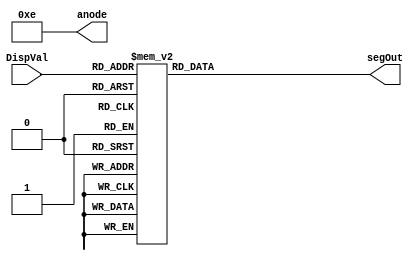
`timescale 1ns / 1ps
//////////////////////////////////////////////////////////////////////////////////////////////////////////
// Company: Digilent Inc 2011
//				 Josh Sackos
//
// Module Name:    DisplayController
// Project Name:   PmodKYPD_Demo
// Target Devices: Nexys3
// Tool versions:  Xilinx ISE 14.1 
// Description: This file defines a DisplayController that controls the seven segment display that works with 
// 				 the output of the Decoder.
//
// Revision History: 
// 						Revision 0.01 - File Created (Michelle Yu)
//							Revision 0.02 - Converted from VHDL to Verilog (Josh Sackos)
//////////////////////////////////////////////////////////////////////////////////////////////////////////

// ==============================================================================================
// 												Define Module
// ==============================================================================================
module DisplayController(
    DispVal,
    anode,
    segOut
    );

// ==============================================================================================
// 											Port Declarations
// ==============================================================================================

    input [3:0] DispVal;			// Output from the Decoder
    output [3:0] anode;				// Controls the display digits
    output [6:0] segOut;			// Controls which digit to display

// ==============================================================================================
// 							  		Parameters, Regsiters, and Wires
// ==============================================================================================
	
	// Output wires and registers
	wire [3:0] anode;
	reg [6:0] segOut;

// ==============================================================================================
// 												Implementation
// ==============================================================================================
	
	// only display the rightmost digit
	assign anode = 4'b1110;
	
	//------------------------------
	//		   Segment Decoder
	// Determines cathode pattern
	//   to display digit on SSD
	//------------------------------
	always @(DispVal) begin
			case (DispVal)

					4'h0 : segOut <= 7'b1000000;  // 0
					4'h1 : segOut <= 7'b1111001;  // 1
					4'h2 : segOut <= 7'b0100100;  // 2
					4'h3 : segOut <= 7'b0110000;  // 3
					4'h4 : segOut <= 7'b0011001;  // 4
					4'h5 : segOut <= 7'b0010010;  // 5
					4'h6 : segOut <= 7'b0000010;  // 6
					4'h7 : segOut <= 7'b1111000;  // 7
					4'h8 : segOut <= 7'b0000000;  // 8
					4'h9 : segOut <= 7'b0010000;  // 9
					4'hA : segOut <= 7'b0001000; 	// A
					4'hB : segOut <= 7'b0000011;	// B
					4'hC : segOut <= 7'b1000110;	// C
					4'hD : segOut <= 7'b0100001;	// D
					4'hE : segOut <= 7'b0000110;	// E
					4'hF : segOut <= 7'b0001110;	// F
					default : segOut <= 7'b0111111;
					
			endcase
	end

endmodule